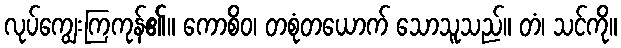
လုပ်ကျွေးကြကုန်၏။ ကောစိဝ၊ တစုံတယောက် သောသူသည်။ တံ၊ သင်ကို။